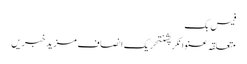
فیس بک
متعلقہ عنوانکرپشنتحریک انصاف مزید خبریں